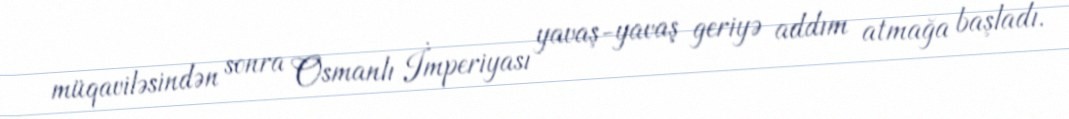
müqaviləsindən sonra Osmanlı İmperiyası yavaş-yavaş geriyə addım atmağa başladı.